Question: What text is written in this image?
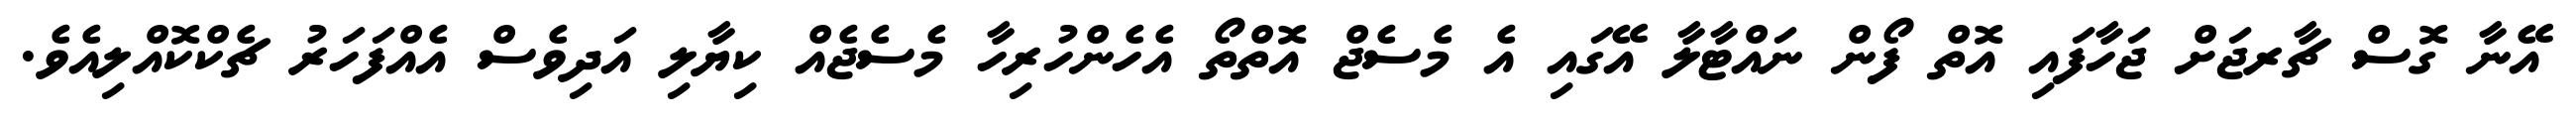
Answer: އޭނާ ގޮސް ޗާރޖަށް ޖަހާފައި އޮތް ފޯން ނައްޓާލާ އޭގައި އެ މެސެޖް އޮތްތޯ އެހެންހުރިހާ މެސެޖެއް ކިޔާލި އަދިވެސް އެއްފަހަރު ޗެކްކޮއްލިއެވެ.